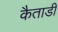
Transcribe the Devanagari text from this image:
कैताडी